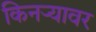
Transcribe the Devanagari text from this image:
किनऱ्यावर